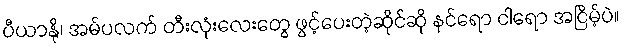
ပီယာနို၊ အမ်ပလက် တီးလုံးလေးတွေ ဖွင့်ပေးတဲ့ဆိုင်ဆို နင်ရော ငါရော အငြိမ့်ပဲ။